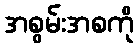
အစွမ်းအစကို